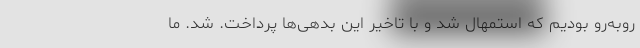
روبه‌رو بودیم که استمهال شد و با تاخیر این بدهی‌ها پرداخت. شد. ما